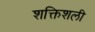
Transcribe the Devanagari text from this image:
शक्तिशली